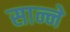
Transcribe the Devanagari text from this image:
सान्ने